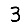
Digit: 3